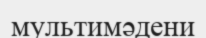
мультимәдени